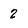
Character: 2